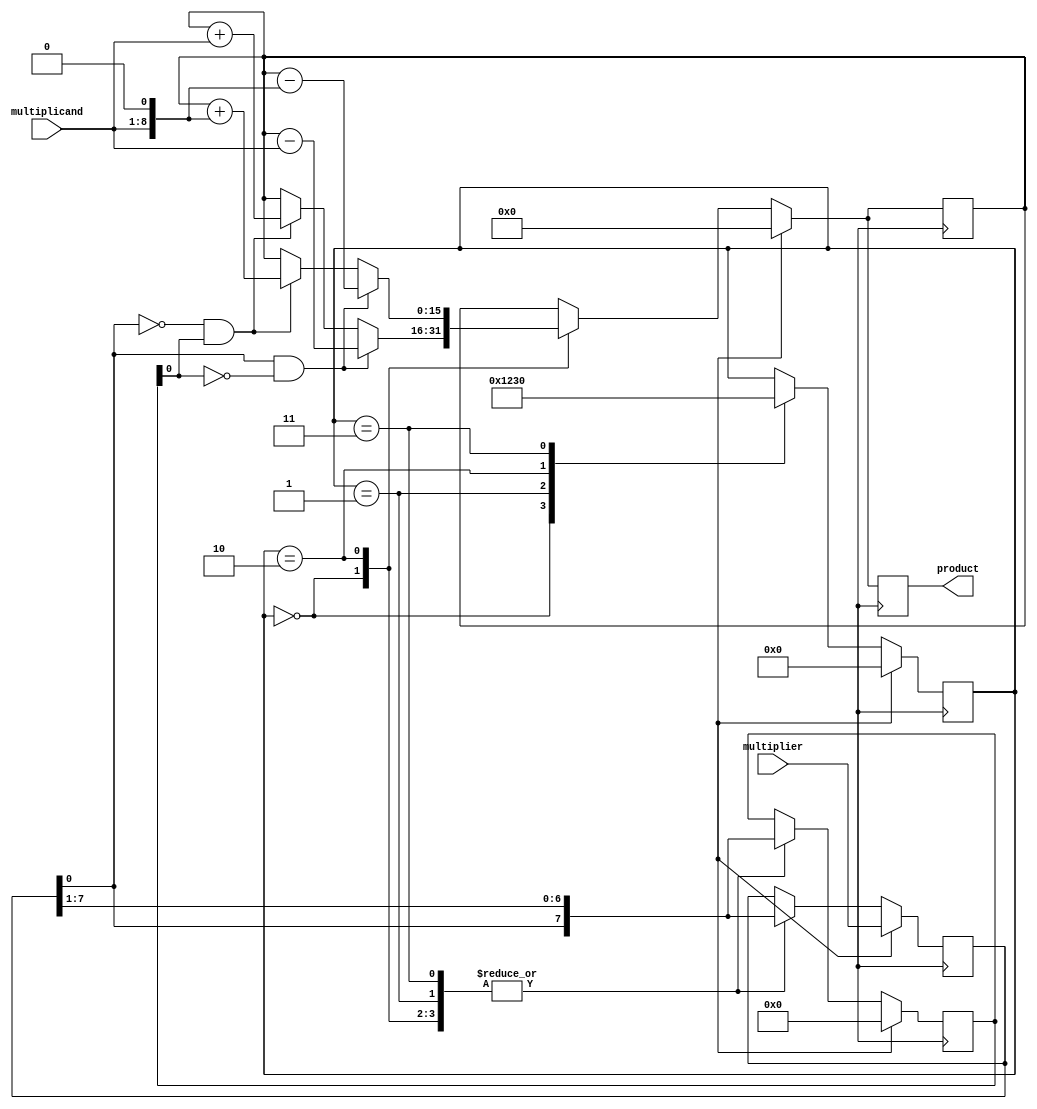
module modified_booth_multiplier (
    input [7:0] multiplicand,
    input [7:0] multiplier,
    output reg [15:0] product
);

reg [7:0] a, b;
reg [3:0] count;
reg [15:0] partial_product;

always @ (posedge clock) begin
    if (reset) begin
        a <= 8'h00;
        b <= multiplier;
        count <= 4'b0000;
        partial_product <= 16'h0000;
        product <= 16'h0000;
    end else begin
        case (count)
            4'b0000: begin
                if (b[0] == 1 && a[0] == 0) begin
                    partial_product = partial_product - multiplicand;
                end else if (b[0] == 0 && a[0] == 1) begin
                    partial_product = partial_product + multiplicand;
                end
                a = {b[0], b[7:1]};
                b = {a[7], a[6:0]};
                count = 4'b0001;
            end
            4'b0001: begin
                a = {b[0], b[7:1]};
                b = {a[7], a[6:0]};
                count = 4'b0010;
            end
            4'b0010: begin
                if (b[0] == 1 && a[0] == 0) begin
                    partial_product = partial_product - (multiplicand << 1);
                end else if (b[0] == 0 && a[0] == 1) begin
                    partial_product = partial_product + (multiplicand << 1);
                end
                a = {b[0], b[7:1]};
                b = {a[7], a[6:0]};
                count = 4'b0011;
            end
            4'b0011: begin
                a = {b[0], b[7:1]};
                b = {a[7], a[6:0]};
                count = 4'b0000;
            end
        endcase
        product <= partial_product;
    end
end

endmodule